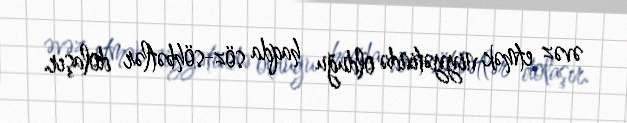
əvəz etmək niyyətində olduğu haqda söz-söhbətlər dolaşır.